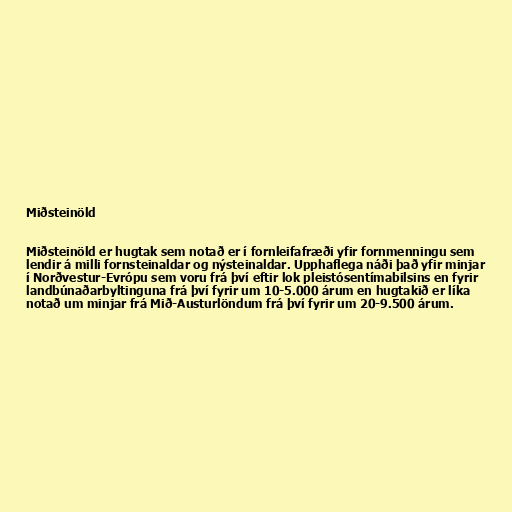
Miðsteinöld

Miðsteinöld er hugtak sem notað er í fornleifafræði yfir fornmenningu sem
lendir á milli fornsteinaldar og nýsteinaldar. Upphaflega náði það yfir minjar
í Norðvestur-Evrópu sem voru frá því eftir lok pleistósentímabilsins en fyrir
landbúnaðarbyltinguna frá því fyrir um 10-5.000 árum en hugtakið er líka
notað um minjar frá Mið-Austurlöndum frá því fyrir um 20-9.500 árum.